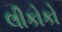
લીકોકો